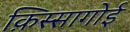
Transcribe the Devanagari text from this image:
क़िस्सागोई